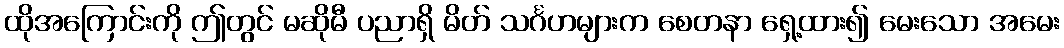
ထိုအကြောင်းကို ဤတွင် မဆိုမီ ပညာရှိ မိတ် သင်္ဂဟများက စေတနာ ရှေ့ထား၍ မေးသော အမေး